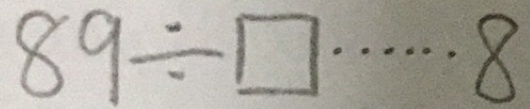
8 9 \div \square \cdots 8